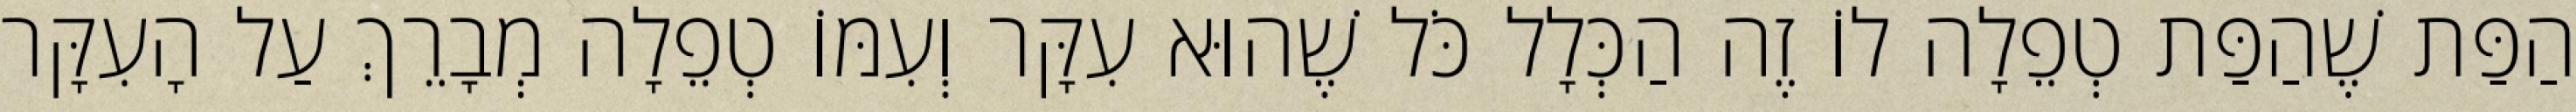
הַפַּת שֶׁהַפַּת טְפֵלָה לוֹ זֶה הַכְּלָל כֹּל שֶׁהוּא עִקָּר וְעִמּוֹ טְפֵלָה מְבָרֵךְ עַל הָעִקָּר